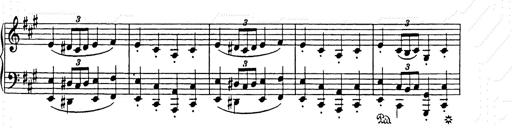
Title: Weihnachtsbaum
Composer: Franz Liszt